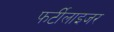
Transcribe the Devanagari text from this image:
फर्टीलाइजर